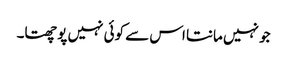
جو نہیں مانتا اس سے کوئی نہیں پوچھتا۔